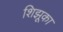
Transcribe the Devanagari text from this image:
शिझूका